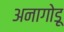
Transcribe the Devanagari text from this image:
अनागोडू